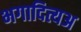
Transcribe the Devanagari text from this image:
भगादित्यअ